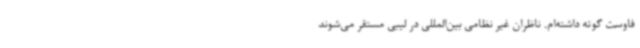
فاوست گوته داشته‌ام. ناظران غیر نظامی بین‌المللی در لیبی مستقر می‌شوند